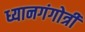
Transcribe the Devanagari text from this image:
ध्यानगंगोत्री